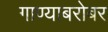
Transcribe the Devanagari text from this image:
गाण्याबरोबर